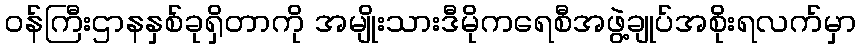
ဝန်ကြီးဌာနနှစ်ခုရှိတာကို အမျိုးသားဒီမိုကရေစီအဖွဲ့ချုပ်အစိုးရလက်မှာ